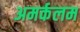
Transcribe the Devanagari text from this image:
अमर्कलम